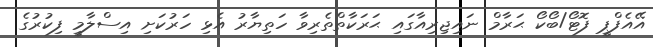
އޭއެފްޕީ ފޮޓޯ/ބޯކޯ ޙަރާމް ނައިޖިރިއާގައި ޙަރަކާތްތެރިވާ ހަތިޔާރު އެޅި ހަރުކަށި އިސްލާމީ ފިކުރުގެ